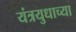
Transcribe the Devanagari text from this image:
यंत्रयुधाच्या